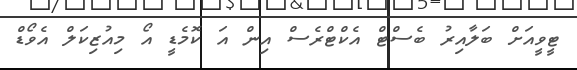
ޓީވީއަށް ބަލާއިރު ބެސްޓް އެކްޓްރެސް އިން އަ ކޮމެޑީ އޯ މިއުޒިކަލް އެވޯޑް